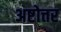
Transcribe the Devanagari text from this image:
अष्टोत्तर